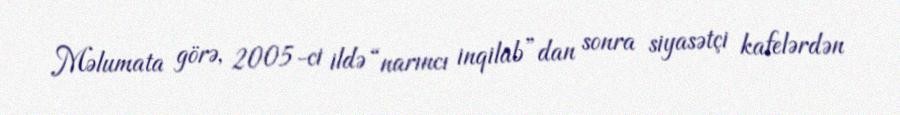
Məlumata görə, 2005-ci ildə “narıncı inqilab”dan sonra siyasətçi kafelərdən